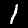
Label: 1